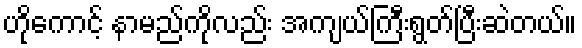
ဟိုကောင့် နာမည်ကိုလည်း အကျယ်ကြီးရွတ်ပြီးဆဲတယ်။